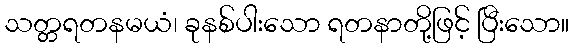
သတ္တရတနမယံ၊ ခုနစ်ပါးသော ရတနာတို့ဖြင့် ပြီးသော။